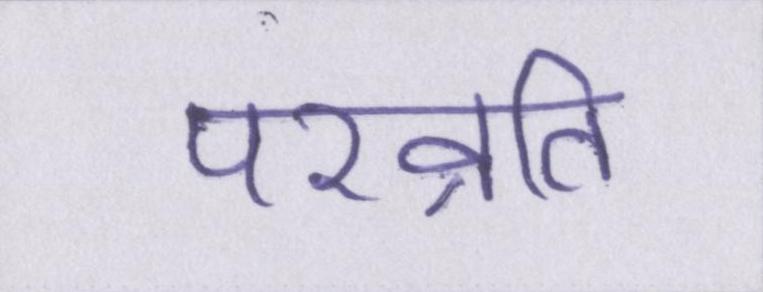
परव्रति